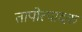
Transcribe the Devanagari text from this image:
तापोत्पादक